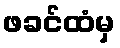
ဖခင်ထံမှ